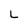
Character: L